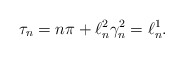
\begin{align*} \tau_n= n\pi+ \ell^2_n \gamma_n^2= \ell^1_n.\end{align*}